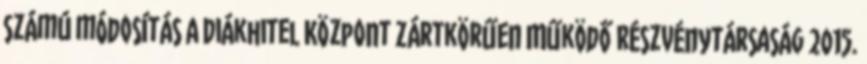
számú módosítás A Diákhitel Központ Zártkörűen Működő Részvénytársaság 2015.